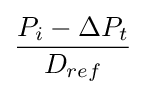
{P_{i}-\Delta {P}_{t} \over D_{ref}}